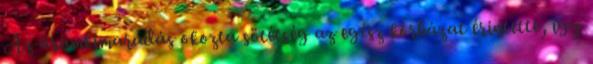
Az áramkimaradás okozta sötétség az egész kórházat érintette, így